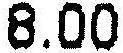
8.00